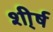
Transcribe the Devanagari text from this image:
शी्र्ष